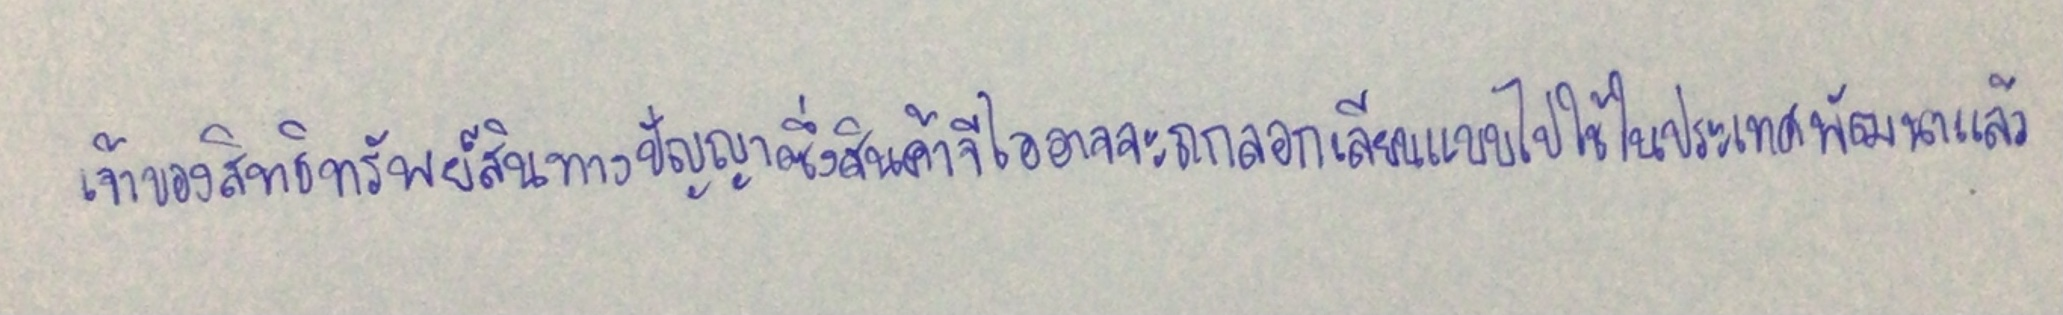
เจ้าของสิทธิทรัพย์สินทางปัญญาซึ่งสินค้าจีไออาจจะถูกลอกเลียนแบบไปใช้ในประเทศพัฒนาแล้ว